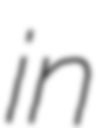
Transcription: in